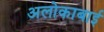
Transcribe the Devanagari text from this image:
अलोकाबाई